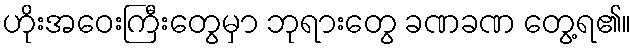
ဟိုးအဝေးကြီးတွေမှာ ဘုရားတွေ ခဏခဏ တွေ့ရ၏။